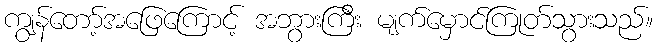
ကျွန်တော့်အဖြေကြောင့် အဘွားကြီး မျက်မှောင်ကြုတ်သွားသည်။